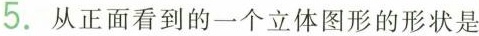
5.从正面看到的一个立体图形的形状是